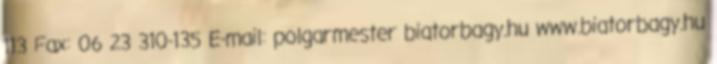
113 Fax: 06 23 310-135 E-mail: polgarmester biatorbagy.hu www.biatorbagy.hu